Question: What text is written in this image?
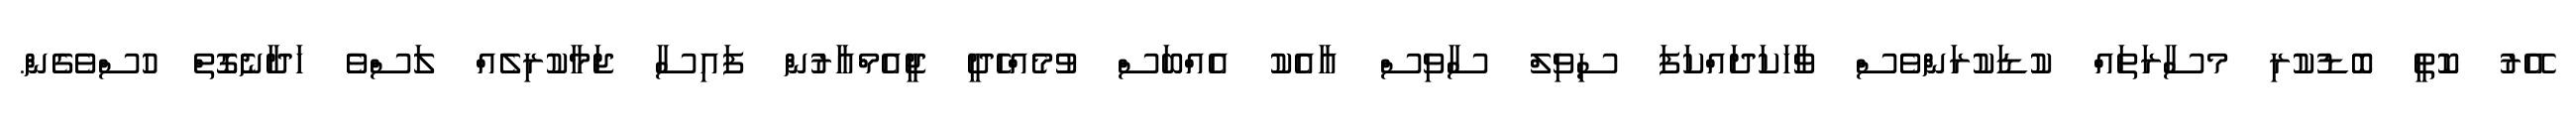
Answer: އޭރު ކޮތީ ބޮޑުކުރި މސާރަތައް ކުޑަކުރަންވެސް ވާހަކަދައްކަފަ ސިވިލް ސާވިސް އާއެކު އެއްބަސް ވުމެއްހެދީ ޖީއެމްއާރުން ފައިސާ ޖަމާކުރިލެއް ލަސްވެ ހަދާނެގޮތް ހުސްވެގެން.